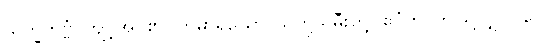
သိက္ခိတဗ္ဗံ၊ ကျင့်အပ်၏။ ကုမာရိယော၊ သတို့သမီးတို့။ ဧဝံဟိ၊ ဤသို့လျှင်။ ဝေါ၊